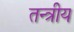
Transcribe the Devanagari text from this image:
तन्त्रीय